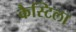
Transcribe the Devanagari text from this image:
कैस्टिला